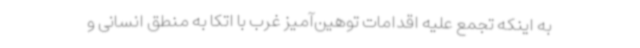
به اینکه تجمع علیه اقدامات توهین‌آمیز غرب با اتکا به منطق انسانی و